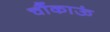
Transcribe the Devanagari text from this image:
चौंकाऊं